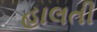
હાલતી